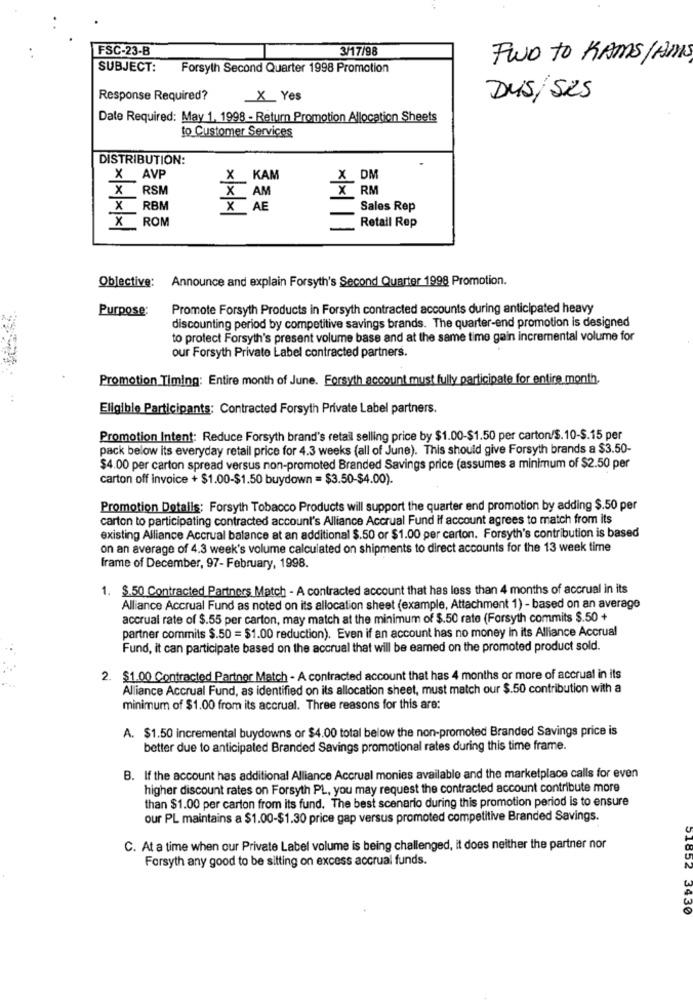
FSC-23-B
3/17/98
TWO TO KAMS / AM
SUBJECT:
Forsyth Second Quarter 1998 Promotion
Response Required?
X Yes
DUS/SES
Date Required: May 1, 1998 - Return Promotion Allocation Sheets
to Customer Services
DISTRIBUTION:
X AVP
X KAM
_X_DM
X RSM
X RM
AM
X
RBM
x AE
Sales Rep
X
ROM
-
Retail Rep
Objective: Announce and explain Forsyth's Second Quarter 1998 Promotion.
Purpose:
Promote Forsyth Products in Forsyth contracted accounts during anticipated heavy
discounting period by competitive savings brands. The quarter-end promotion is designed
to protect Forsyth's present volume base and at the same time gain incremental volume for
our Forsyth Private Label contracted partners.
Promotion Timing: Entire month of June. Forsyth account must fully participate for entire month.
Eligible Participants; Contracted Forsyth Private Label partners.
Promotion Intent: Reduce Forsyth brand's retail selling price by $1.00-$1.50 per carton/S. 10-$.15 per
pack below its everyday retail price for 4.3 weeks (all of June). This should give Forsyth brands a $3.50-
$4.00 per carton spread versus non-promoted Branded Savings price (assumes a minimum of $2.50 per
carton off invoice + $1.00-$1.50 buydown = $3.50-$4.00).
Promotion Details: Forsyth Tobacco Products will support the quarter end promotion by adding $.50 per
carton to participating contracted account's Alliance Accrual Fund If account agrees to match from its
existing Alliance Accrual balance at an additional $.50 or $1.00 per carton. Forsyth's contribution is based
on an average of 4.3 week's volume calculated on shipments to direct accounts for the 13 week time
frame of December, 97- February, 1998.
1. $.50 Contracted Partners Match - A contracted account that has less than 4 months of accrual in its
Alliance Accrual Fund as noted on its allocation sheet (example, Attachment 1) - based on an average
accrual rate of $.55 per carton, may match at the minimum of $.50 rate (Forsyth commits $.50 +
partner commits $.50 = $1.00 reduction). Even if an account has no money in its Alliance Accrual
Fund, it can participate based on the accrual that will be eamed on the promoted product sold.
2. $1.00 Contracted Partner Match - A contracted account that has 4 months or more of accrual in its
Alliance Accrual Fund, as identified on its allocation sheet, must match our $.50 contribution with a
minimum of $1.00 from its accrual. Three reasons for this are:
A. $1.50 incremental buydowns or $4.00 total below the non-promoted Branded Savings price is
better due to anticipated Branded Savings promotional rates during this time frame.
B. If the account has additional Alliance Accrual monies available and the marketplace calls for even
higher discount rates on Forsyth PL, you may request the contracted account contribute more
than $1.00 per carton from its fund. The best scenario during this promotion period is to ensure
our PL maintains a $1.00-$1.30 price gap versus promoted competitive Branded Savings.
PCOTC
C. At a time when our Private Label volume is being challenged, it does neither the partner nor
Forsyth any good to be sitting on excess accrual funds.
3930